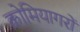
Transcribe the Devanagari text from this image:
कोमियागरों